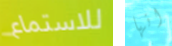
للاستماع انها